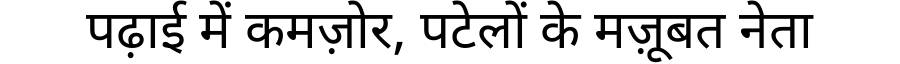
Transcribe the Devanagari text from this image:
पढ़ाई में कमज़ोर, पटेलों के मज़ूबत नेता